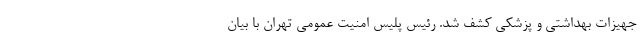
جهیزات بهداشتی و پزشکی کشف شد. رئیس پلیس امنیت عمومی تهران با بیان